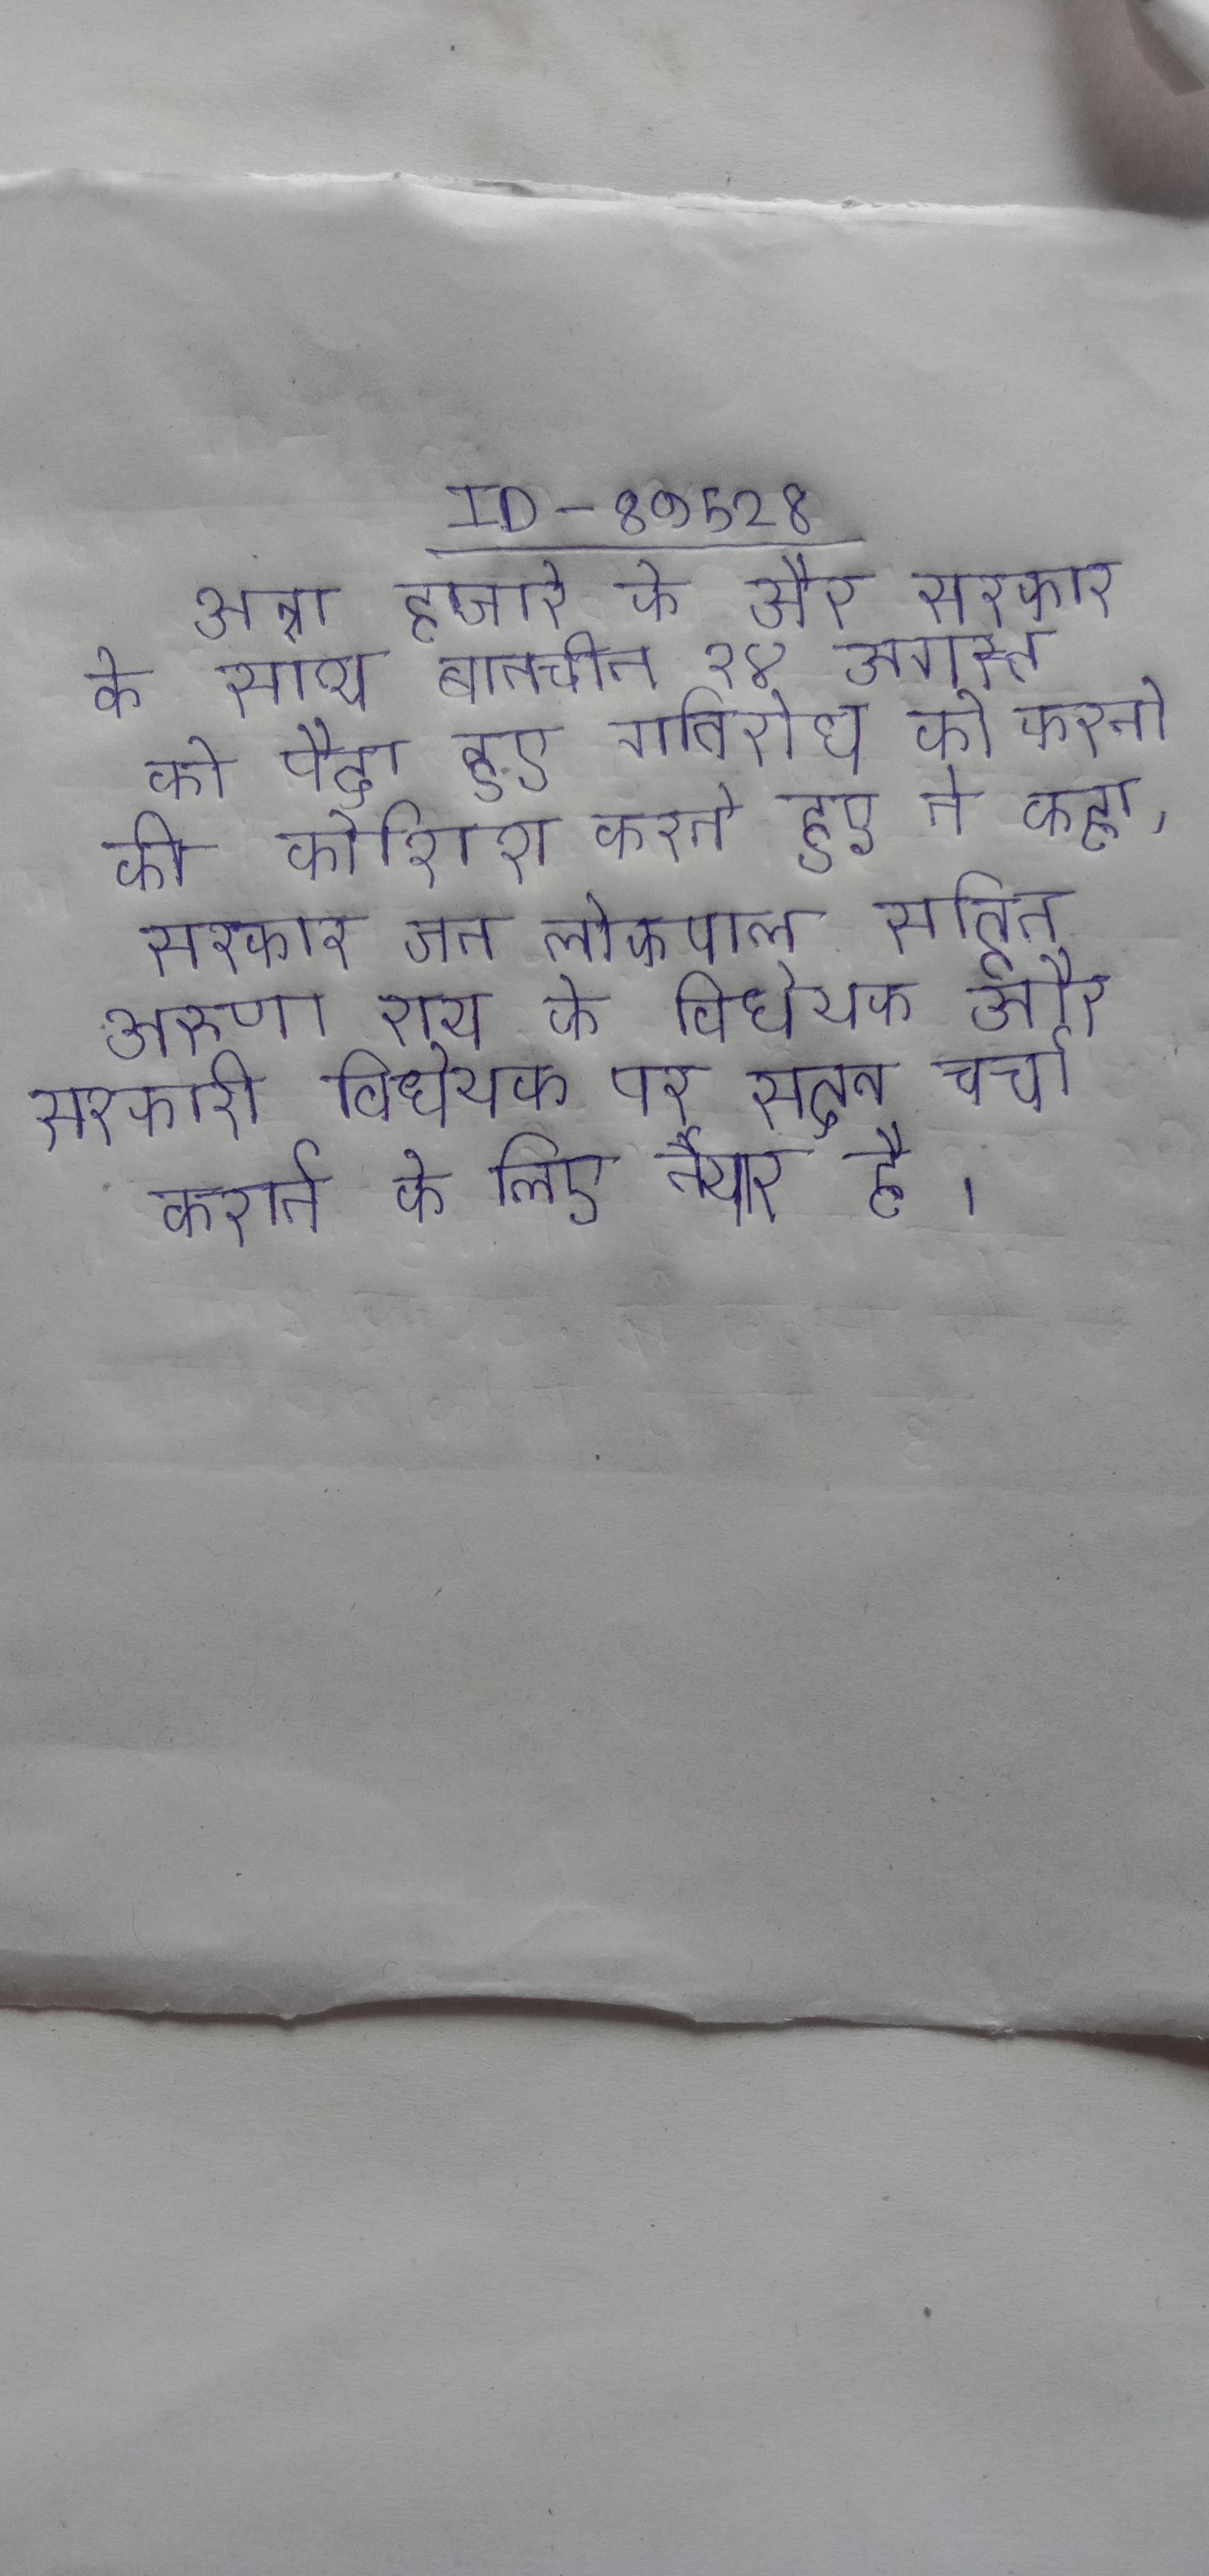
अन्ना हजारे के और सरकार के साथ बातचीत २४ अगस्त को पैदा हुए गतिरोध को करने की कोशिश करते हुए ने कहा, सरकार जन लोकपाल सहित अरुणा राय के विधेयक और सरकारी विधेयक पर सदन चर्चा कराने के लिए तैयार है ।